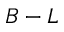
B - L